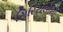
સિરિયલોનો